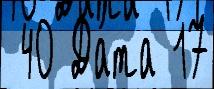
 40 Да́та 17